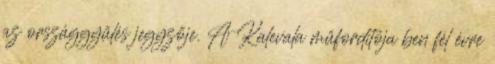
az országgyűlés jegyzője. A Kalevala műfordítója ben fél évre